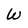
Character: W